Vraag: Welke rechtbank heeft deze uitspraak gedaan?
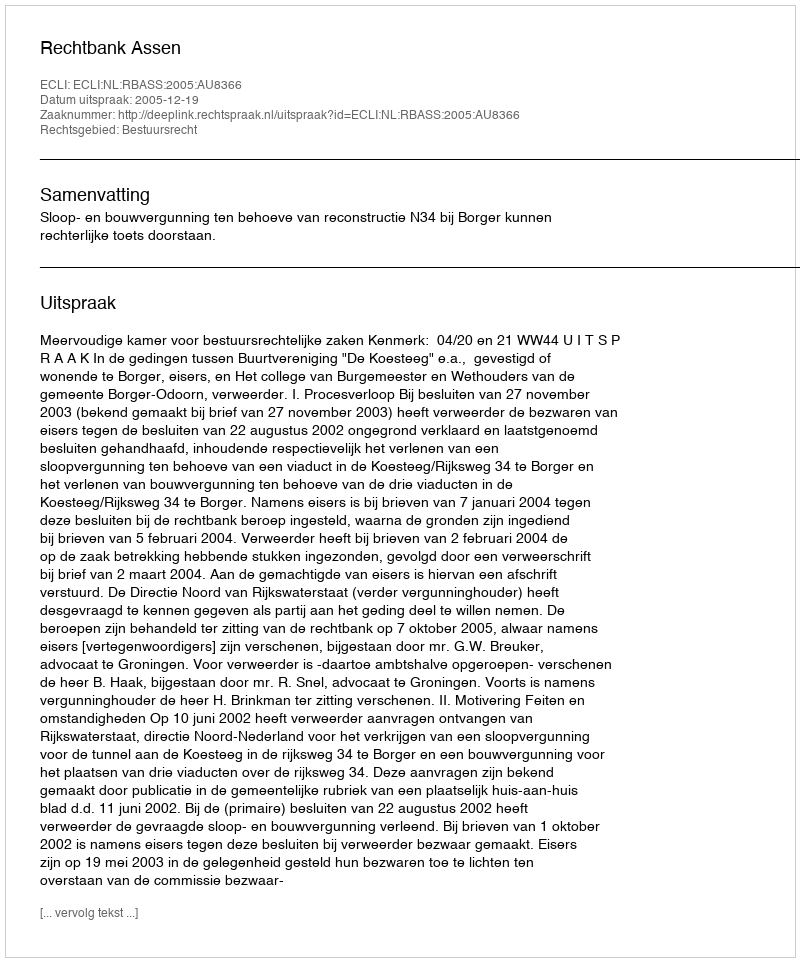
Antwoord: Rechtbank Assen